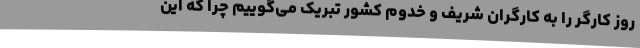
روز کارگر را به کارگران شریف و خدوم کشور تبریک می‌گوییم چرا که این